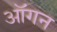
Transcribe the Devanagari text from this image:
ऑगन